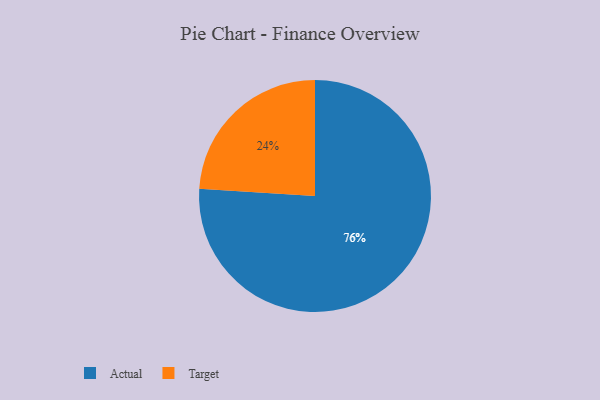
{"axis": {"x": "Category", "y": "Percentage"}, "legend": ["Actual", "Target"], "data": [{"x": "Target", "y": 24, "type": "Target"}, {"x": "Actual", "y": 76, "type": "Actual"}]}